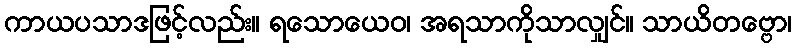
ကာယပသာဒဖြင့်လည်း။ ရသောယေဝ၊ အရသာကိုသာလျှင်။ သာယိတဗ္ဗော၊